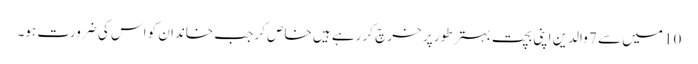
10 میں سے 7 والدین اپنی بچت بہتر طور پر خرچ کر رہے ہیں خاص کر جب خاندان کو اس کی ضرورت ہو۔